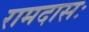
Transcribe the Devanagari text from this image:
रामदासः